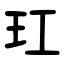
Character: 玒